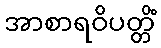
အာစာရဝိပတ္တိံ